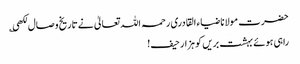
حضرت مولانا ضیاء القادری رحمہ اللہ تعالیٰ نے تاریخ وصال لکھی ؎
راہی ہوئے بہشت بریں کو ہزار حیف!